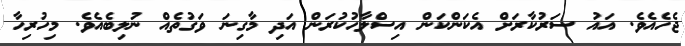
ޖެހެއެވެ. އައު ސަރުކާރަށް އެކަންކަން އިސްލާހުކުރަން އަދި މާގިނަ ވަގުތެއް ނުލިބެއެވެ. މިހުރިހާ